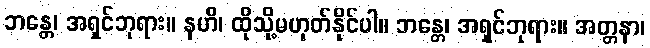
ဘန္တေ၊ အရှင်ဘုရား။ နဟိ၊ ထိုသို့မဟုတ်နိုင်ပါ။ ဘန္တေ၊ အရှင်ဘုရား။ အတ္တနာ၊